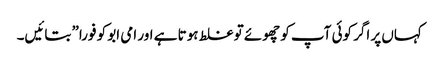
کہاں‌ پر اگر کوئی آپ کو چھوئے تو غلط ہوتا ہے اور امی ابو کو فورا” بتائیں۔